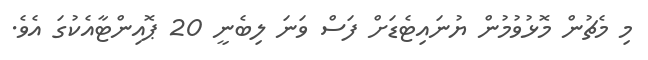
މި މެޗުން މޮޅުވުމުން ޔުނައިޓެޑަށް ފަސް ވަނަ ލިބެނީ 20 ޕޮއިންޓާއެކުގަ އެވެ.